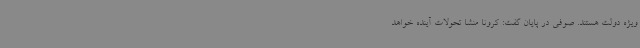
ویژه دولت هستند. صوفی در پایان گفت: کرونا منشا تحولات آینده خواهد